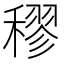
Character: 穋